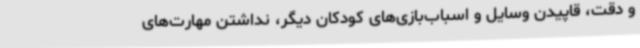
و دقت، قاپیدن وسایل و اسباب‌بازی‌های کودکان دیگر، نداشتن مهارت‌های